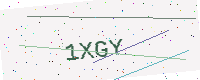
Text: 1XGY